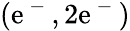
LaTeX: (\mathrm{e}^{\mathrm{{~-~}}},2\mathrm{e}^{\mathrm{{~-~}}})